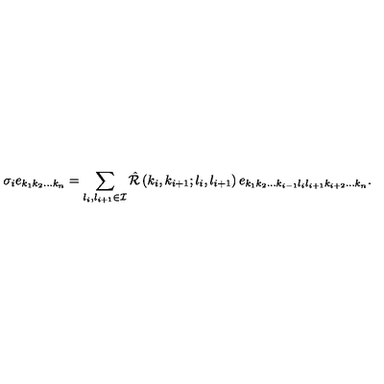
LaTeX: \sigma _ { i } e _ { k _ { 1 } k _ { 2 } \ldots k _ { n } } = \sum _ { l _ { i } , l _ { i + 1 } \in { \cal I } } { \hat { \cal R } } \left( k _ { i } , k _ { i + 1 } ; l _ { i } , l _ { i + 1 } \right) e _ { k _ { 1 } k _ { 2 } \ldots k _ { i - 1 } l _ { i } l _ { i + 1 } k _ { i + 2 } \ldots k _ { n } } .